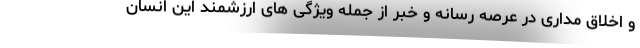
و اخلاق مداری در عرصه رسانه و خبر از جمله ویژگی های ارزشمند این انسان